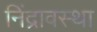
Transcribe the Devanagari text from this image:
निंद्रावस्था